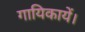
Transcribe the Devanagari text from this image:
गायिकायें।